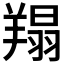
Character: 𦎲